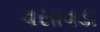
વસાવડા